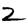
Digit: 2